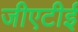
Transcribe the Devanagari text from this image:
जीएटीई